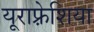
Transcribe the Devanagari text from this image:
यूराफ़्रेशिया